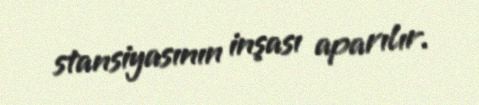
stansiyasının inşası aparılır.